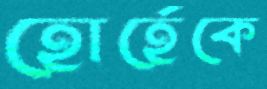
হোর্হেকে